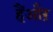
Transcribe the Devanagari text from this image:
हैंऔऱ